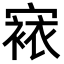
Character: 𭔔